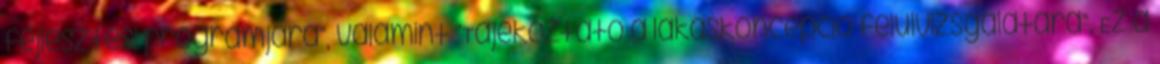
fejlesztési programjára”, valamint “Tájékoztató a lakáskoncepció felülvizsgálatára”. Ez a